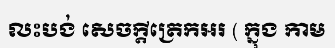
លះបង់ សេចក្តីត្រេកឣរ ( ក្នុង កាម